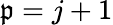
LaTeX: \mathfrak{p}=j+1